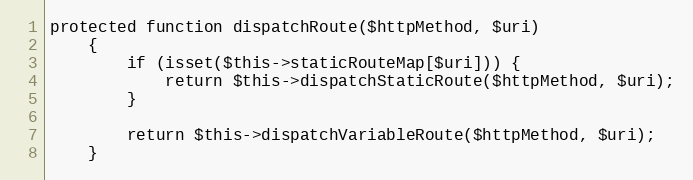
Language: PHP
protected function dispatchRoute($httpMethod, $uri)
    {
        if (isset($this->staticRouteMap[$uri])) {
            return $this->dispatchStaticRoute($httpMethod, $uri);
        }

        return $this->dispatchVariableRoute($httpMethod, $uri);
    }